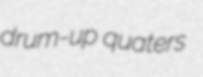
drum-up quaters